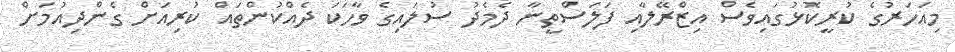
މިއަހަރުގެ ކުރީކޮޅުގައިވެސް އިޒްރޭލާއި ފަލަސްތީނާ ދެމެދު ސުލައިގެ ވާހަކަ ދެއްކުންތައް ކުރިއަށް ގެންދިއުމަށް